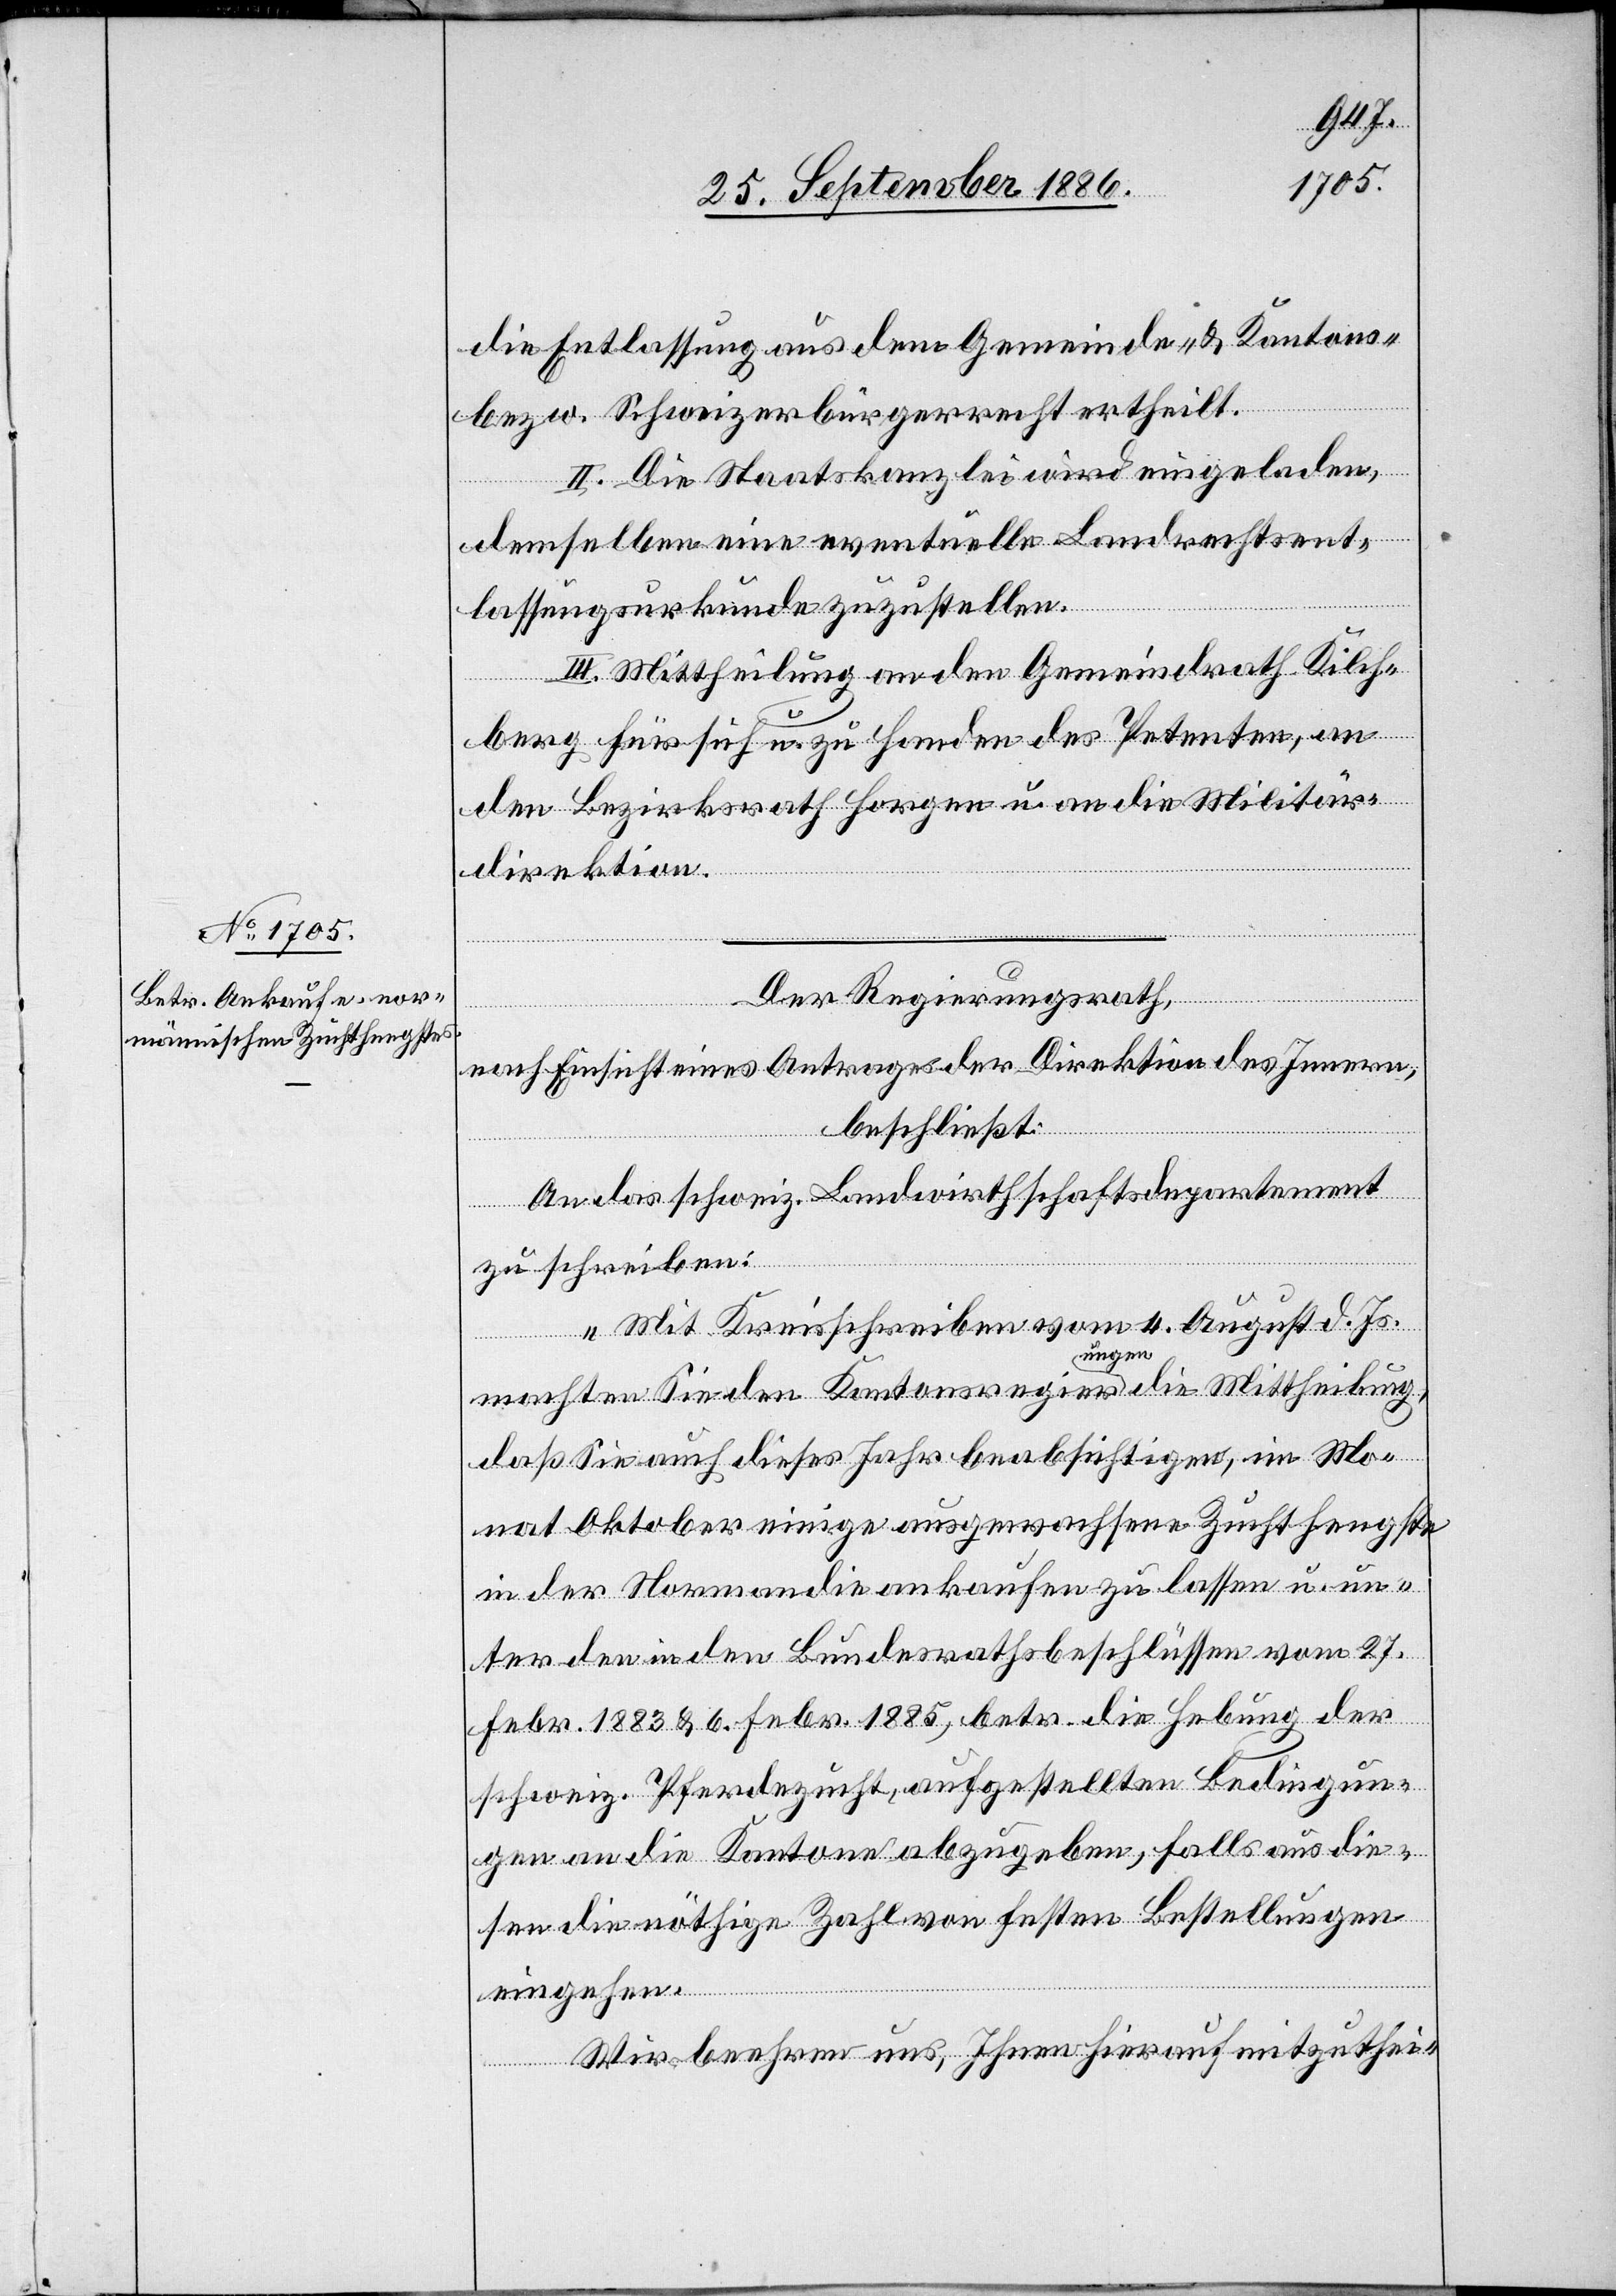
die Entlassung aus dem Gemeinde- & Kantons-
bezw. Schweizerbürgerrecht ertheilt.
II. Die Staatskanzlei wird eingeladen,
demselben eine eventuelle Landrechtsent¬
lassungsurkunde zuzustellen.
III. Mittheilung an den Gemeindrath Kilch¬
berg für sich u. zu Handen des Petenten, an
den Bezirksrath Horgen u. an die Militär¬
direktion.
Der Regierungsrath,
nach Einsicht eines Antrages der Direktion des Innern,
beschließt:
An das schweiz. Landwirthschaftsdepartement
zu schreiben:
„Mit Kreisschreiben vom 4. August d. Js.
machten Sie den Kantonsregierungen die Mittheilung,
daß Sie auch dieses Jahr beabsichtigen, im Mo¬
nat Oktober einige ausgewachsene Zuchthengste
in der Normandie ankaufen zu lassen u. un¬
ter den in den Bundesrathsbeschlüssen vom 27.
Febr. 1883 & 6. Febr. 1885, betr. die Hebung der
schweiz. Pferdezucht, aufgestellten Bedingun¬
gen an die Kantone abzugeben, falls aus die¬
sen die nöthige Zahl von festen Bestellungen
eingehen.
Wir beehren uns, Ihnen hierauf mitzuthei-